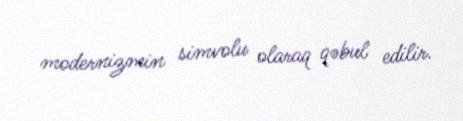
modernizmin simvolu olaraq qəbul edilir.